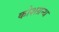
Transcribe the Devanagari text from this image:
कोशग्रन्थ